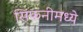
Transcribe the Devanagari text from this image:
सिंफनीमध्ये